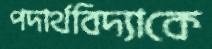
পদার্থবিদ্যাকে